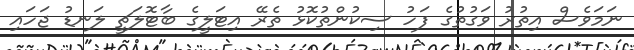
ނަމަވެސް އިތުރު ވަގުތުގެ ފަހު ސިކުންތުކޮޅު ތެރޭ އިޓަލީގެ ބާޓޮލަޗީ ލަނޑު ޖަހައި